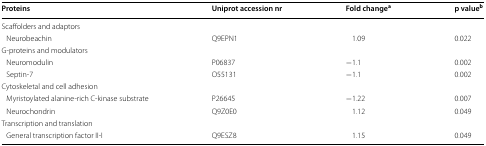
| Proteins | Uniprot accession nr | Fold changea | p valueb |
 | --- | --- | --- | --- |
 | <COLSPAN=4> Scaffolders and adaptors |
 | Neurobeachin | Q9EPN1 | 1.09 | 0.022 |
 | <COLSPAN=4> G-proteins and modulators |
 | Neuromodulin | P06837 | −1.1 | 0.002 |
 | Septin-7 | O55131 | −1.1 | 0.002 |
 | <COLSPAN=4> Cytoskeletal and cell adhesion |
 | Myristoylated alanine-rich C-kinase substrate | P26645 | −1.22 | 0.007 |
 | Neurochondrin | Q9Z0E0 | 1.12 | 0.049 |
 | <COLSPAN=4> Transcription and translation |
 | General transcription factor II-I | Q9ESZ8 | 1.15 | 0.049 |